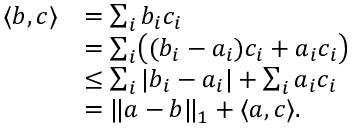
\begin{array} { r l } { \langle b , c \rangle } & { = \sum _ { i } b _ { i } c _ { i } } \\ & { = \sum _ { i } \bigl ( ( b _ { i } - a _ { i } ) c _ { i } + a _ { i } c _ { i } \bigr ) } \\ & { \leq \sum _ { i } | b _ { i } - a _ { i } | + \sum _ { i } a _ { i } c _ { i } } \\ & { = \| a - b \| _ { 1 } + \langle a , c \rangle . } \end{array}